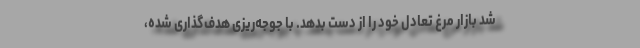
شد بازار مرغ تعادل خود را از دست بدهد. با جوجه‌ریزی هدف‌گذاری شده،